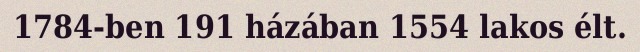
1784-ben 191 házában 1554 lakos élt.